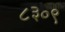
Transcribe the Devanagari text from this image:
८३०९